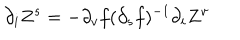
LaTeX: \partial _ { i } Z ^ { s } = - \partial _ { v } f ( \partial _ { s } f ) ^ { - 1 } \partial _ { i } Z ^ { v }